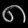
Digit: ၈